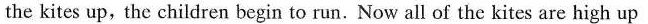
the kites up,the children begin to run. Now all of the kites are high up